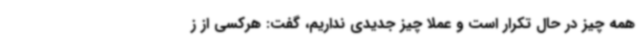
همه چیز در حال تکرار است و عملا چیز جدیدی نداریم، گفت: هرکسی از ز